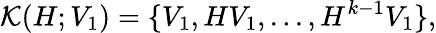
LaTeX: \mathcal{K}(H;V_{1})=\{ V_{1},HV_{1},...,H^{k-1}V_{1}\} ,